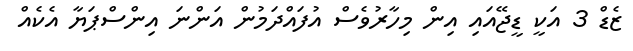
ޒެޑް 3 އަކީ ޑީޖޭއައި އިން މިހާރުވެސް އުފައްދަމުން އަންނަ އިންސްޕަޔާ އެކެއް